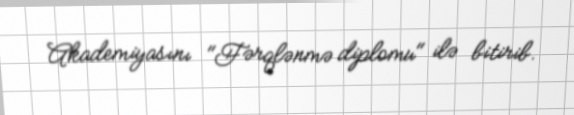
Akademiyasını "Fərqlənmə diplomu" ilə bitirib.